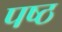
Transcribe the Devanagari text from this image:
पष्ठ